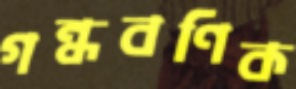
গন্ধবণিক